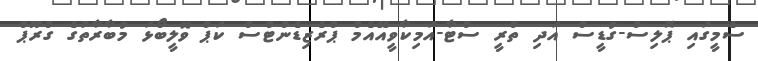
ސެމީގައި ޕޮލިސް-ގުޑީސް އަދި ތްރީ ސްޓާ-އަމިކާވީއޭއެމް ޕްރެޒިޑެންޓްސް ކަޕް ވޮލީބޯޅަ މުބާރާތުގެ ގްރޫޕް